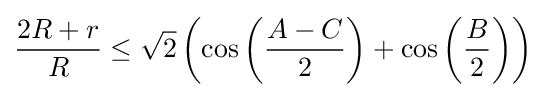
{\frac {2R+r}{R}}\leq {\sqrt {2}}\left(\cos \left({\frac {A-C}{2}}\right)+\cos \left({\frac {B}{2}}\right)\right)